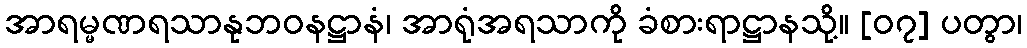
အာရမ္မဏရသာနုဘဝနဋ္ဌာနံ၊ အာရုံအရသာကို ခံစားရာဋ္ဌာနသို့။ [၀၇] ပတွာ၊